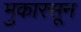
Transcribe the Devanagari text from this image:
मुकारसून